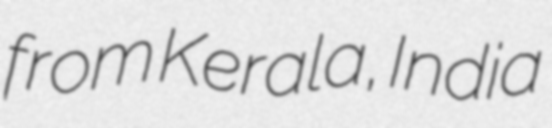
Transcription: from Kerala, India